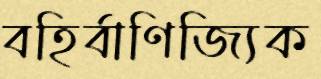
বহির্বাণিজ্যিক